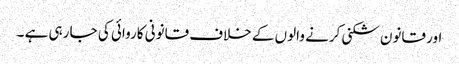
اور قانون شکنی کرنے والوں کے خلاف قانونی کاروائی کی جا رہی ہے ۔